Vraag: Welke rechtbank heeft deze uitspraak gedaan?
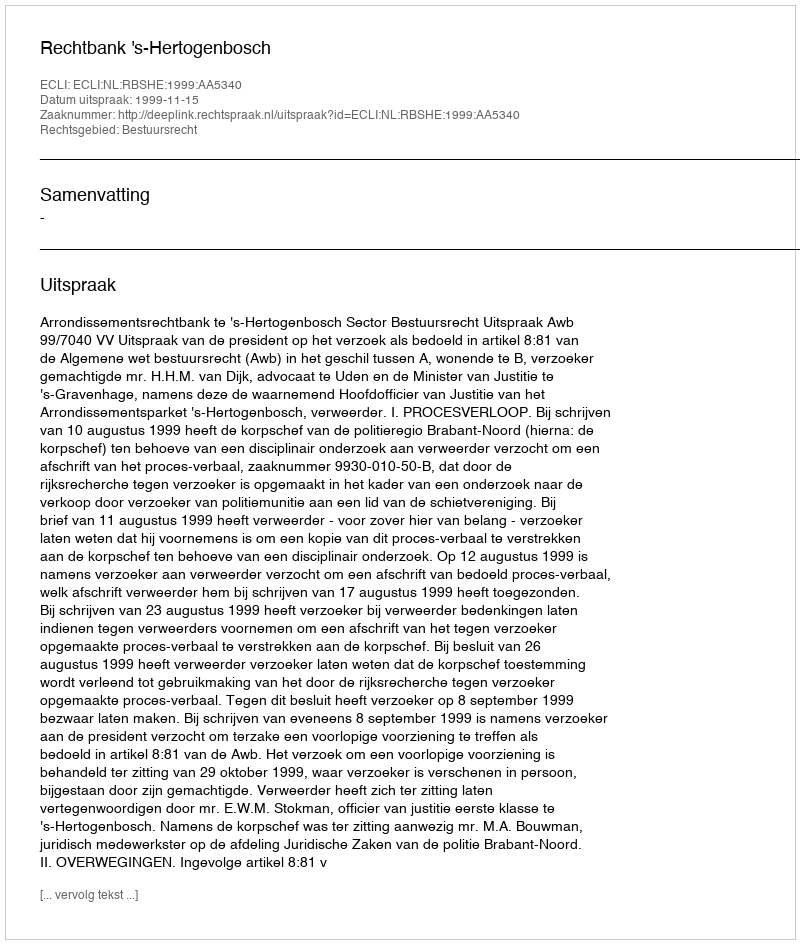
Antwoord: Rechtbank 's-Hertogenbosch